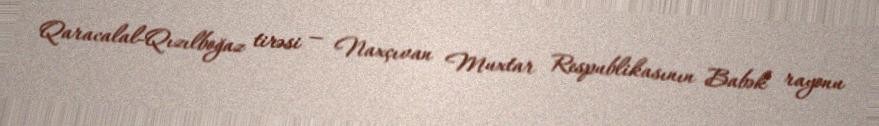
Qaracalal-Qızılboğaz tirəsi — Naxçıvan Muxtar Respublikasının Babək rayonu